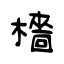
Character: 檣